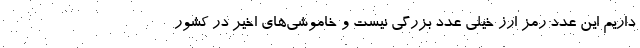
داریم این عدد رمز ارز خیلی عدد بزرگی نیست و خاموشی‌های اخیر در کشور